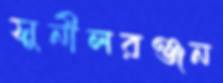
সুনীলরঞ্জন